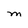
Character: M